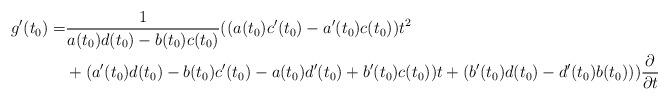
LaTeX: \begin{align*}g'(t_0) =& \frac1{a(t_0)d(t_0) - b(t_0)c(t_0)}((a(t_0)c'(t_0)-a'(t_0)c(t_0))t^2 \\&+ (a'(t_0)d(t_0)-b(t_0)c'(t_0) -a(t_0)d'(t_0)+b'(t_0)c(t_0))t + (b'(t_0)d(t_0)-d'(t_0)b(t_0)))\frac{\partial}{\partial t}\end{align*}